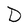
Character: D